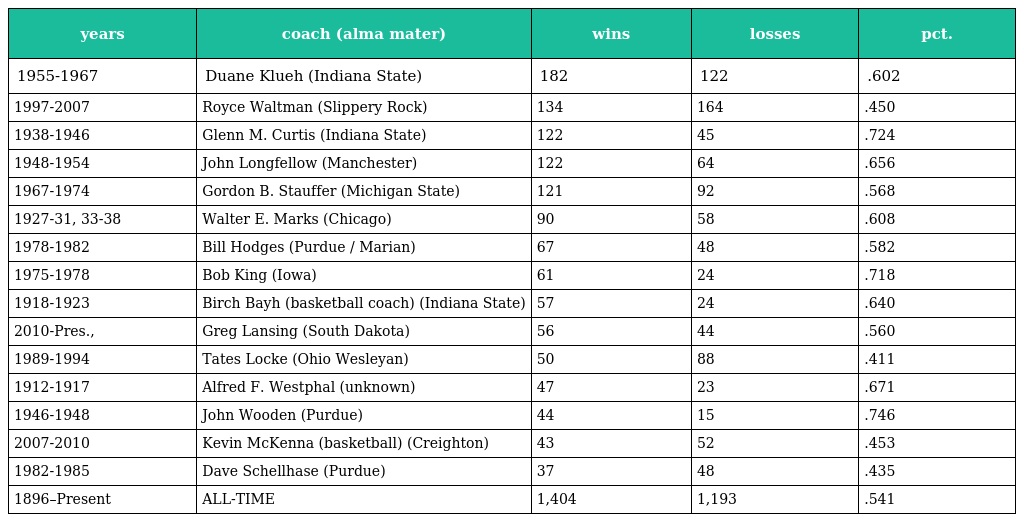
| years | coach (alma mater) | wins | losses | pct. |
 | --- | --- | --- | --- | --- |
 | 1955-1967 | Duane Klueh (Indiana State) | 182 | 122 | .602 |
 | 1997-2007 | Royce Waltman (Slippery Rock) | 134 | 164 | .450 |
 | 1938-1946 | Glenn M. Curtis (Indiana State) | 122 | 45 | .724 |
 | 1948-1954 | John Longfellow (Manchester) | 122 | 64 | .656 |
 | 1967-1974 | Gordon B. Stauffer (Michigan State) | 121 | 92 | .568 |
 | 1927-31, 33-38 | Walter E. Marks (Chicago) | 90 | 58 | .608 |
 | 1978-1982 | Bill Hodges (Purdue / Marian) | 67 | 48 | .582 |
 | 1975-1978 | Bob King (Iowa) | 61 | 24 | .718 |
 | 1918-1923 | Birch Bayh (basketball coach) (Indiana State) | 57 | 24 | .640 |
 | 2010-Pres., | Greg Lansing (South Dakota) | 56 | 44 | .560 |
 | 1989-1994 | Tates Locke (Ohio Wesleyan) | 50 | 88 | .411 |
 | 1912-1917 | Alfred F. Westphal (unknown) | 47 | 23 | .671 |
 | 1946-1948 | John Wooden (Purdue) | 44 | 15 | .746 |
 | 2007-2010 | Kevin McKenna (basketball) (Creighton) | 43 | 52 | .453 |
 | 1982-1985 | Dave Schellhase (Purdue) | 37 | 48 | .435 |
 | 1896–Present | ALL-TIME | 1,404 | 1,193 | .541 |